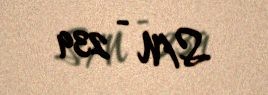
S/N - 239